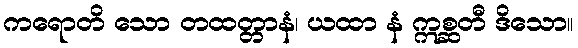
ကရောတိ သော တထတ္တာနံ၊ ယထာ နံ ဣစ္ဆတီ ဒိသော။